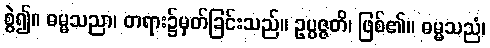
စွဲ၍။ ဓမ္မသညာ၊ တရား၌မှတ်ခြင်းသည်။ ဥပ္ပဇ္ဇတိ၊ ဖြစ်၏။ ဓမ္မသညံ၊